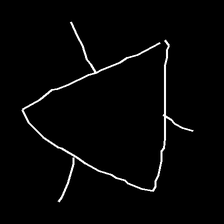
Glyph: fire